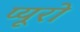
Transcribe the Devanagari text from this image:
प्यूरो